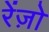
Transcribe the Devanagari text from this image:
रेंज़ो